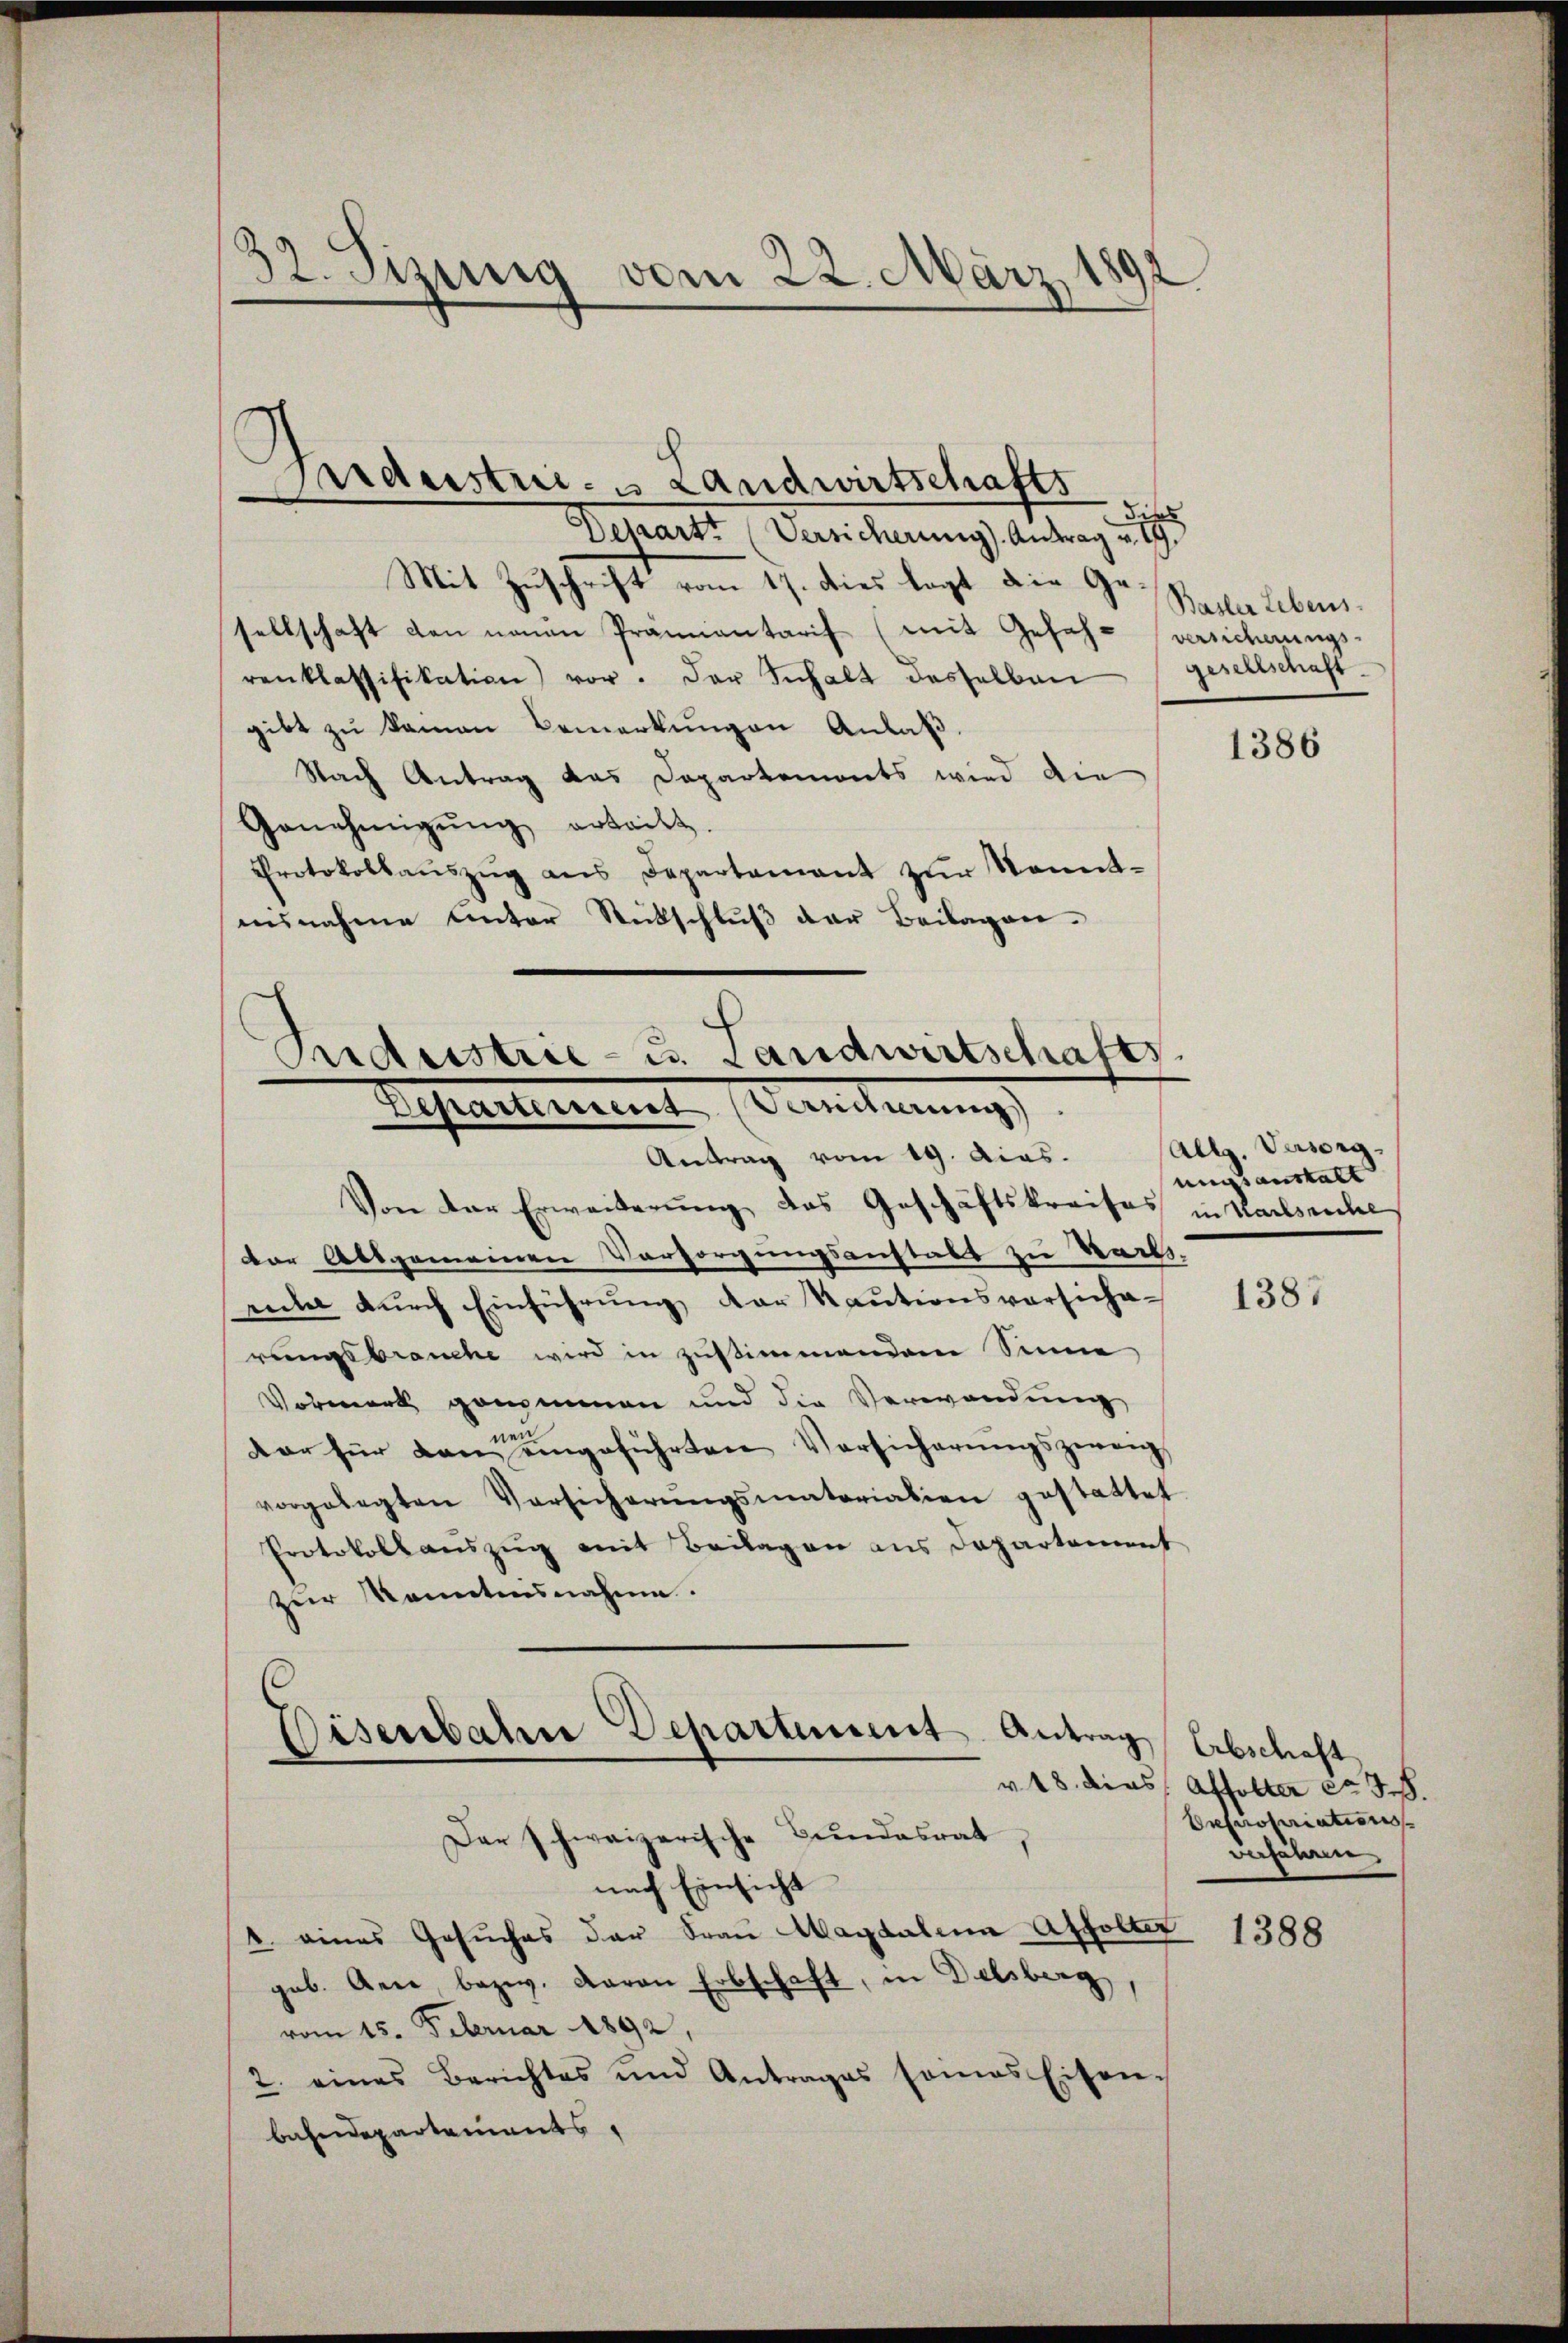
32. Sizung vom 22. März 1898

Werdestrie- Landwirtschafts
die
Depart. (Versicherung). Antrag v. 19.
Mit Zuschrift vom 17. dies legt die Gesellschaft den neuen Prämientarif (mit Gefehr versicherungs-
renklassifikation) vor. Der Inhalt dasselben
gibt zu kamen Bemerkungen Anlaß.
Nach Antrag das Departemonts wird die
Genehmigŭng erteilt.
Protokollaŭszŭg ans Departement zŭr Sonnt-
ausnahme unter Rückschluß der Beilagen.

Bidustrie- u. Landwirtschafts
Repartement. (Vernehmung
Antrag vom 19. dias.

Von der Erweiterung des Geschäftskreises in Karlsruhe
der Absgemeinen Vorsorgungsanstalt zu Sarks.
ruhe durch Einführung der Kautionsvorsiche-
rungsbrauche wird in zustimmendem Sinne
Vormerk genommen und die Verwandung
dar für dan eingeführten Versicherŭngszweig,
vorgelegten Versicherŭngsmatariation gestattet.
Protokollauszug mit Beilagen aus Departement
zur Kenntnisnahme.

Eisenbahn Departement
Der schweizerische Bundesrat,

nach Einsicht
1. eines Gesuches der Frau Magdalena Affolter
geb. Gene, bezw. davon Erbschaft, in Delsberg,
vom 15. Februar 1892,
2. eines Berichtes und Antrages seines Eisen-
bahndepartements,

Basler Lebens.
gesellschaft.

1386

(Allg. Versorgnungsanstalt

1387

Antrag Erbschaft
v. 18. dies Affolter ca 3.8.
Depiropriationsverfahren,

1388